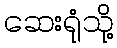
ဆေးရုံသို့